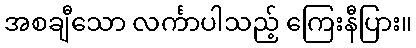
အစချီသော လင်္ကာပါသည့် ကြေးနီပြား။